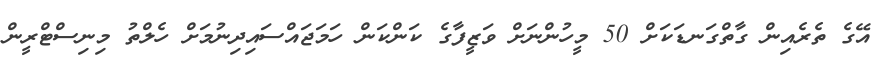
އޭގެ ތެރެއިން ގާތްގަނޑަކަށް 50 މީހުންނަށް ވަޒީފާގެ ކަންކަން ހަމަޖައްސައިދިނުމަށް ހެލްތު މިނިސްޓްރީން